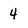
Character: 4